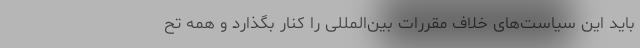
باید این سیاست‌های خلاف مقررات بین‌المللی را کنار بگذارد و همه تح